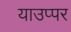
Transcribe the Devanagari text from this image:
याउप्पर